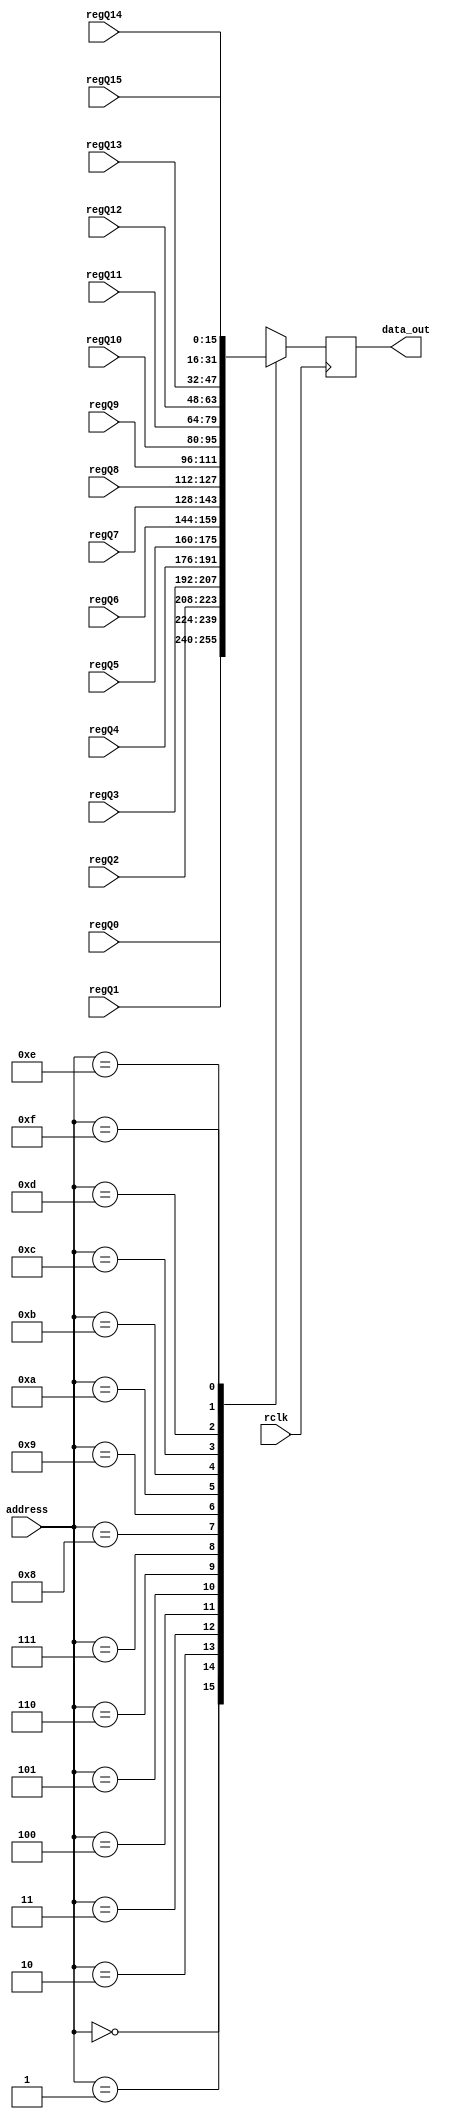
module   mux_16_1(rclk, address, regQ0, regQ1, regQ2, regQ3, regQ4, regQ5, regQ6, regQ7, regQ8,  regQ9, regQ10, regQ11, regQ12, regQ13, regQ14, regQ15,data_out); 
input wire rclk; 
input wire [3:0]address; 
input wire [15:0]regQ0, regQ1, regQ2, regQ3, regQ4, regQ5, regQ6, regQ7, regQ8, 
 regQ9, regQ10, regQ11, regQ12, regQ13, regQ14, regQ15; 
output reg [15:0]data_out; 
always @(posedge rclk)begin 
    //if(rclk == 1'b1) 
case (address[3:0]) 
        4'b0000: data_out = regQ0; 
        4'b0001: data_out = regQ1; 
        4'b0010:  data_out = regQ2; 
        4'b0011:  data_out = regQ3; 
        4'b0100:  data_out = regQ4; 
        4'b0101:  data_out = regQ5; 
        4'b0110:  data_out = regQ6; 
        4'b0111:  data_out = regQ7; 
        4'b1000:  data_out = regQ8; 
        4'b1001:  data_out = regQ9; 
        4'b1010:  data_out = regQ10; 
        4'b1011:  data_out = regQ11; 
        4'b1100:  data_out = regQ12; 
        4'b1101:  data_out = regQ13; 
        4'b1110:  data_out = regQ14; 
        4'b1111: data_out = regQ15; 
     endcase 
end 
endmodule